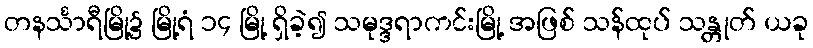
တနင်္သာရီမြို့၌ မြို့ရံ ၁၄ မြို့ ရှိခဲ့၍ သမုဒ္ဒရာကင်းမြို့ အဖြစ် သန်ထုပ် သန္တုတ် ယခု